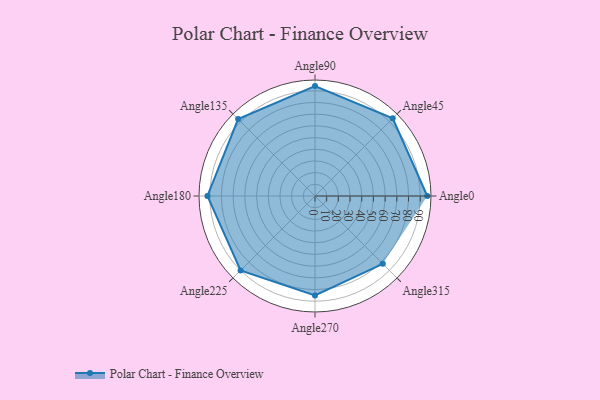
{"axis": {"x": "Angle", "y": "Radius"}, "legend": [""], "data": [{"x": "Angle0", "y": 96.0, "type": ""}, {"x": "Angle45", "y": 94.0, "type": ""}, {"x": "Angle90", "y": 94.0, "type": ""}, {"x": "Angle135", "y": 93.0, "type": ""}, {"x": "Angle180", "y": 92.0, "type": ""}, {"x": "Angle225", "y": 90.0, "type": ""}, {"x": "Angle270", "y": 85.0, "type": ""}, {"x": "Angle315", "y": 82.0, "type": ""}]}